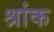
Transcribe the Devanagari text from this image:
श्रांक